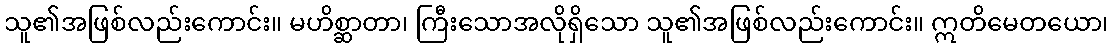
သူ၏အဖြစ်လည်းကောင်း။ မဟိစ္ဆာတာ၊ ကြီးသောအလိုရှိသော သူ၏အဖြစ်လည်းကောင်း။ ဣတိမေတယော၊